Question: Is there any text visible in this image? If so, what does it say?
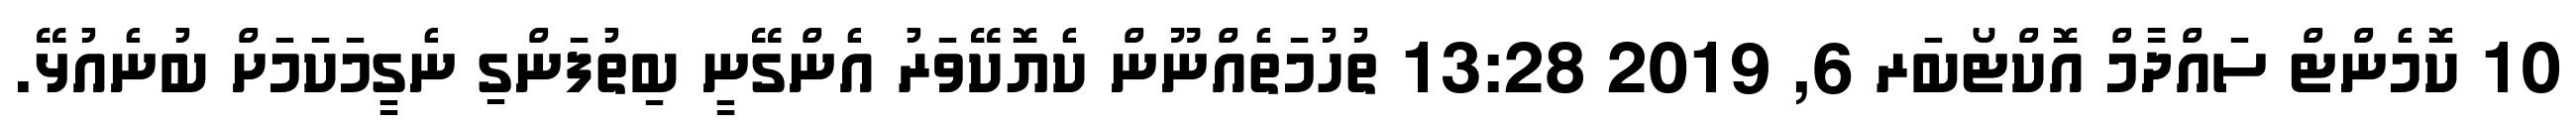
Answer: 10 ކޮމެންޓް ސައްދާމް އޮކްޓޯބަރ 6, 2019 13:28 ތުހުމަތެއްނޫން ކެޔޮކޭވަރު އެންގޭނީ ބިތުފަންގި ނެގީމަކަމަށް ބުނެއުޅޭ.